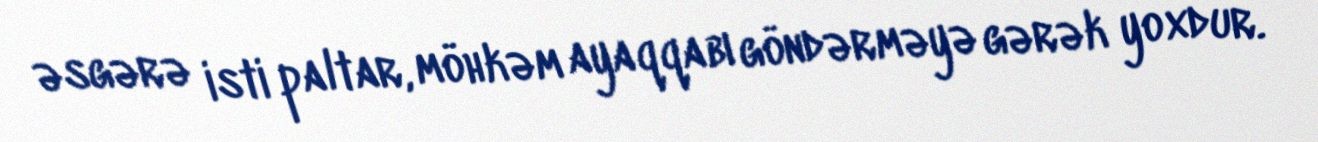
əsgərə isti paltar, möhkəm ayaqqabı göndərməyə gərək yoxdur.